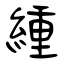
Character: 緟